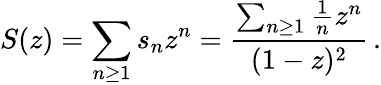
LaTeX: S(z)=\sum_{n\geq 1}{s_{n}z^{n}}={\frac{\sum_{n\geq 1}{{\frac{1}{n}}z^{n}}}{(1-z)^{2}}}\, .